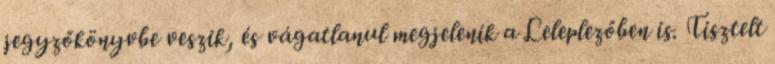
jegyzőkönyvbe veszik, és vá­gatlanul megjelenik a Leleplezőben is. Tisztelt